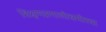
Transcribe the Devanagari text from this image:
शिक्षणप्रणालीसमोरचा